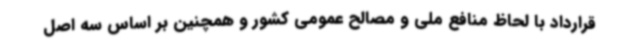
قرارداد با لحاظ منافع ملی و مصالح عمومی کشور و همچنین بر اساس سه اصل